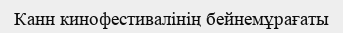
Канн кинофестивалінің бейнемұрағаты